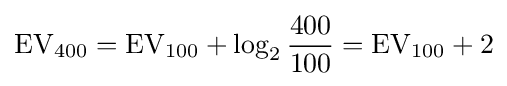
\mathrm {EV} _{400}=\mathrm {EV} _{100}+\log _{2}{\frac {400}{100}}=\mathrm {EV} _{100}+2